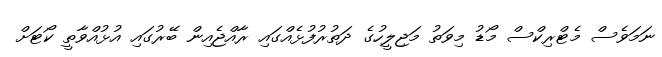
ނަމަވެސް މެޓްރިކްސް މޯޑު މިވަތު މަޖިލީހުގެ ދަތުރުފުޅެއްގައި ރާއްޖެއިން ބޭރުގައި އުޅުއްވާތީ ކޯޓަށް